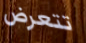
تتعرض